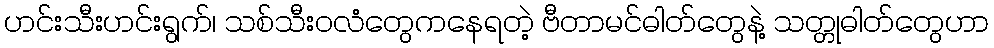
ဟင်းသီးဟင်းရွက်၊ သစ်သီးဝလံတွေကနေရတဲ့ ဗီတာမင်ဓါတ်တွေနဲ့ သတ္တုဓါတ်တွေဟာ